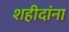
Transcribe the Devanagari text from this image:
शहीदांना